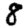
Digit: 8